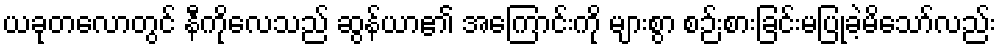
ယခုတလောတွင် နီကိုလေသည် ဆွန်ယာ၏ အကြောင်းကို များစွာ စဉ်းစားခြင်းမပြုခဲ့မိသော်လည်း